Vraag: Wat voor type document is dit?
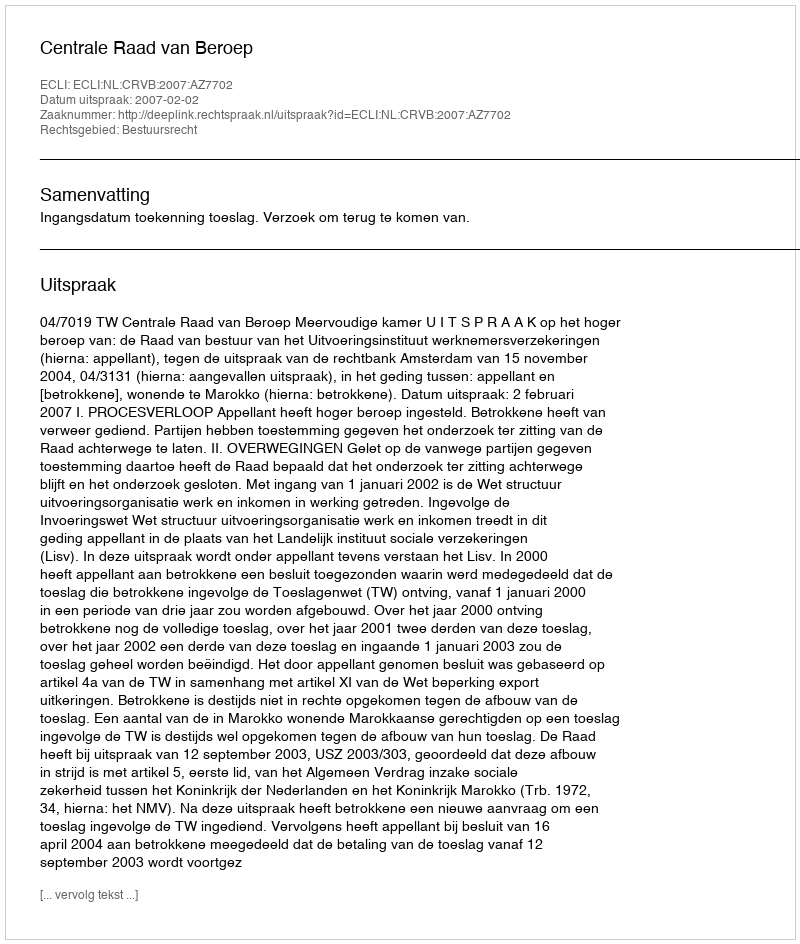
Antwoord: Uitspraak